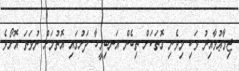
ޖިމާޢުވާއިރު ވަކި މިވެނި ގޮތަކަށް ތިބެން އަނބިމީހާ ދަށުގައި އޮތުމަށް ނުވަތަ އޮށޯވެ